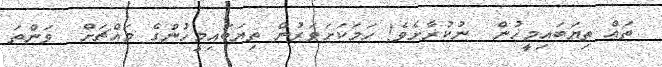
ތައް ތިޔަބައިމީހުން  ނުކުރާށެވެ! ހަމަކަށަވަރުން ތިޔަބައިމީހުންގެ މައްޗަށް  ވަންތަ